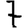
Digit: 7